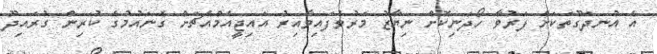
އެ އުނދަގޫތަކަށް ފަރުވާ ހޯދަނިކޮށް ނިޔާޒު މަރުވެފައިވާއިރު އައިޖީއެމްއެޗަށް ގެނައުމުގެ ކުރިން ގުރައިދޫ